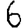
Digit: 6